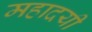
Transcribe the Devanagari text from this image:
महादयी